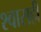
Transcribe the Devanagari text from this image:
श्‍वासही